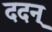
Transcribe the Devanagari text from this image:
ददन्